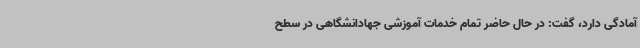
آمادگی دارد، گفت: در حال حاضر تمام خدمات آموزشی جهادانشگاهی در سطح